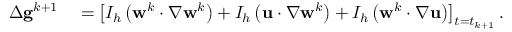
\begin{array} { r l } { \Delta \mathbf { g } ^ { k + 1 } } & { { } = \left[ I _ { h } \left( \mathbf { w } ^ { k } \cdotp \nabla \mathbf { w } ^ { k } \right) + I _ { h } \left( \mathbf { u } \cdotp \nabla \mathbf { w } ^ { k } \right) + I _ { h } \left( \mathbf { w } ^ { k } \cdotp \nabla \mathbf { u } \right) \right] _ { t = t _ { k + 1 } } . } \end{array}